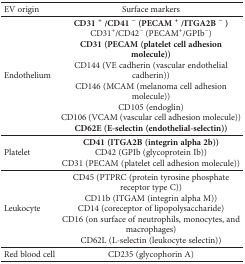
<table><thead><tr><td><b>EV origin</b></td><td><b>Surface markers</b></td></tr></thead><tbody><tr><td>Endothelium</td><td><b>CD31 </b><sup><b>+</b></sup><b> /CD41 </b><sup><b>−</b></sup><b> (PECAM </b><sup><b>+</b></sup><b> /ITGA2B </b><sup><b>−</b></sup><b> )</b>CD31<sup>+</sup>/CD42<sup>−</sup> (PECAM<sup>+</sup>/GPIb<sup>−</sup>)<b>CD31 (PECAM (platelet cell adhesion molecule))</b>CD144 (VE cadherin (vascular endothelial cadherin))CD146 (MCAM (melanoma cell adhesion molecule))CD105 (endoglin)CD106 (VCAM (vascular cell adhesion molecule))<b>CD62E (E-selectin (endothelial-selectin))</b></td></tr><tr><td>Platelet</td><td><b>CD41 (ITGA2B (integrin alpha 2b))</b>CD42 (GPIb (glycoprotein Ib))CD31 (PECAM (platelet cell adhesion molecule))</td></tr><tr><td>Leukocyte</td><td>CD45 (PTPRC (protein tyrosine phosphate receptor type C))CD11b (ITGAM (integrin alpha M))CD14 (coreceptor of lipopolysaccharide)CD16 (on surface of neutrophils, monocytes, and macrophages)CD62L (L-selectin (leukocyte selectin))</td></tr><tr><td>Red blood cell</td><td>CD235 (glycophorin A)</td></tr></tbody></table>